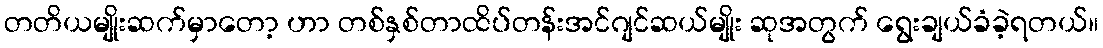
တတိယမျိုးဆက်မှာတော့ ဟာ တစ်နှစ်တာထိပ်တန်းအင်ဂျင်ဆယ်မျိုး ဆုအတွက် ရွေးချယ်ခံခဲ့ရတယ်။